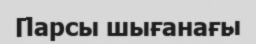
Парсы шығанағы